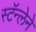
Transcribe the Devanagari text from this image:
स्टॅन्लेने